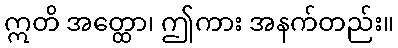
ဣတိ အတ္ထော၊ ဤကား အနက်တည်း။